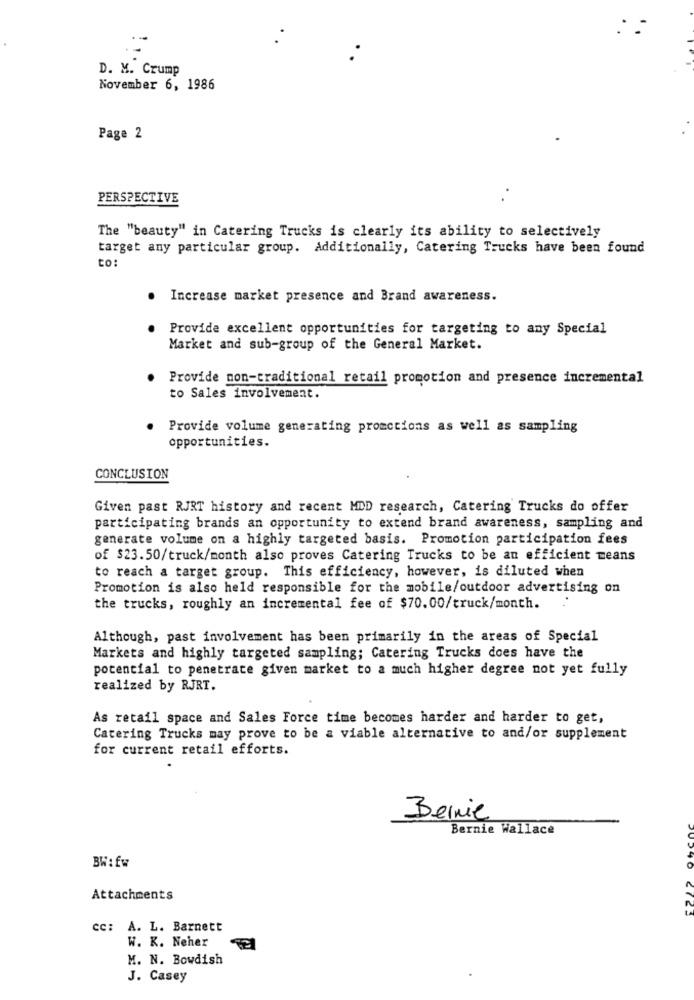
D. M. Crump
November 6, 1986
Page 2
PERSPECTIVE
The "beauty" in Catering Trucks is clearly its ability to selectively
target any particular group. Additionally, Catering Trucks have been found
to:
. Increase market presence and Brand awareness.
Provide excellent opportunities for targeting to any Special
Market and sub-group of the General Market.
Provide non-traditional retail promotion and presence incremental
to Sales involvement.
Provide volume generating promctions as well as sampling
opportunities.
CONCLUSION
Given past RJRT history and recent MDD research, Catering Trucks do offer
participating brands an opportunity to extend brand awareness, sampling and
generate volume on a highly targeted basis. Promotion participation fees
of $23.50/truck/month also proves Catering Trucks to be an efficient means
to reach a target group. This efficiency, however, is diluted when
Promotion is also held responsible for the mobile/outdoor advertising on
the trucks, roughly an incremental fee of $70.00/truck/month.
Although, past involvement has been primarily in the areas of Special
Markets and highly targeted sampling; Catering Trucks does have the
potential to penetrate given market to a much higher degree not yet fully
realized by RJRT.
As retail space and Sales Force time becomes harder and harder to get,
Catering Trucks may prove to be a viable alternative to and/or supplement
for current retail efforts.
Bernie
Bernie Wallace
BW':Ew
Attachments
cc: A. L. Barnett
W. K. Neher
M. N. Bowdish
J. Casey